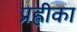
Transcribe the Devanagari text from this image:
प्रह्लीका